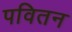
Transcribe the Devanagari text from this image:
पवितन